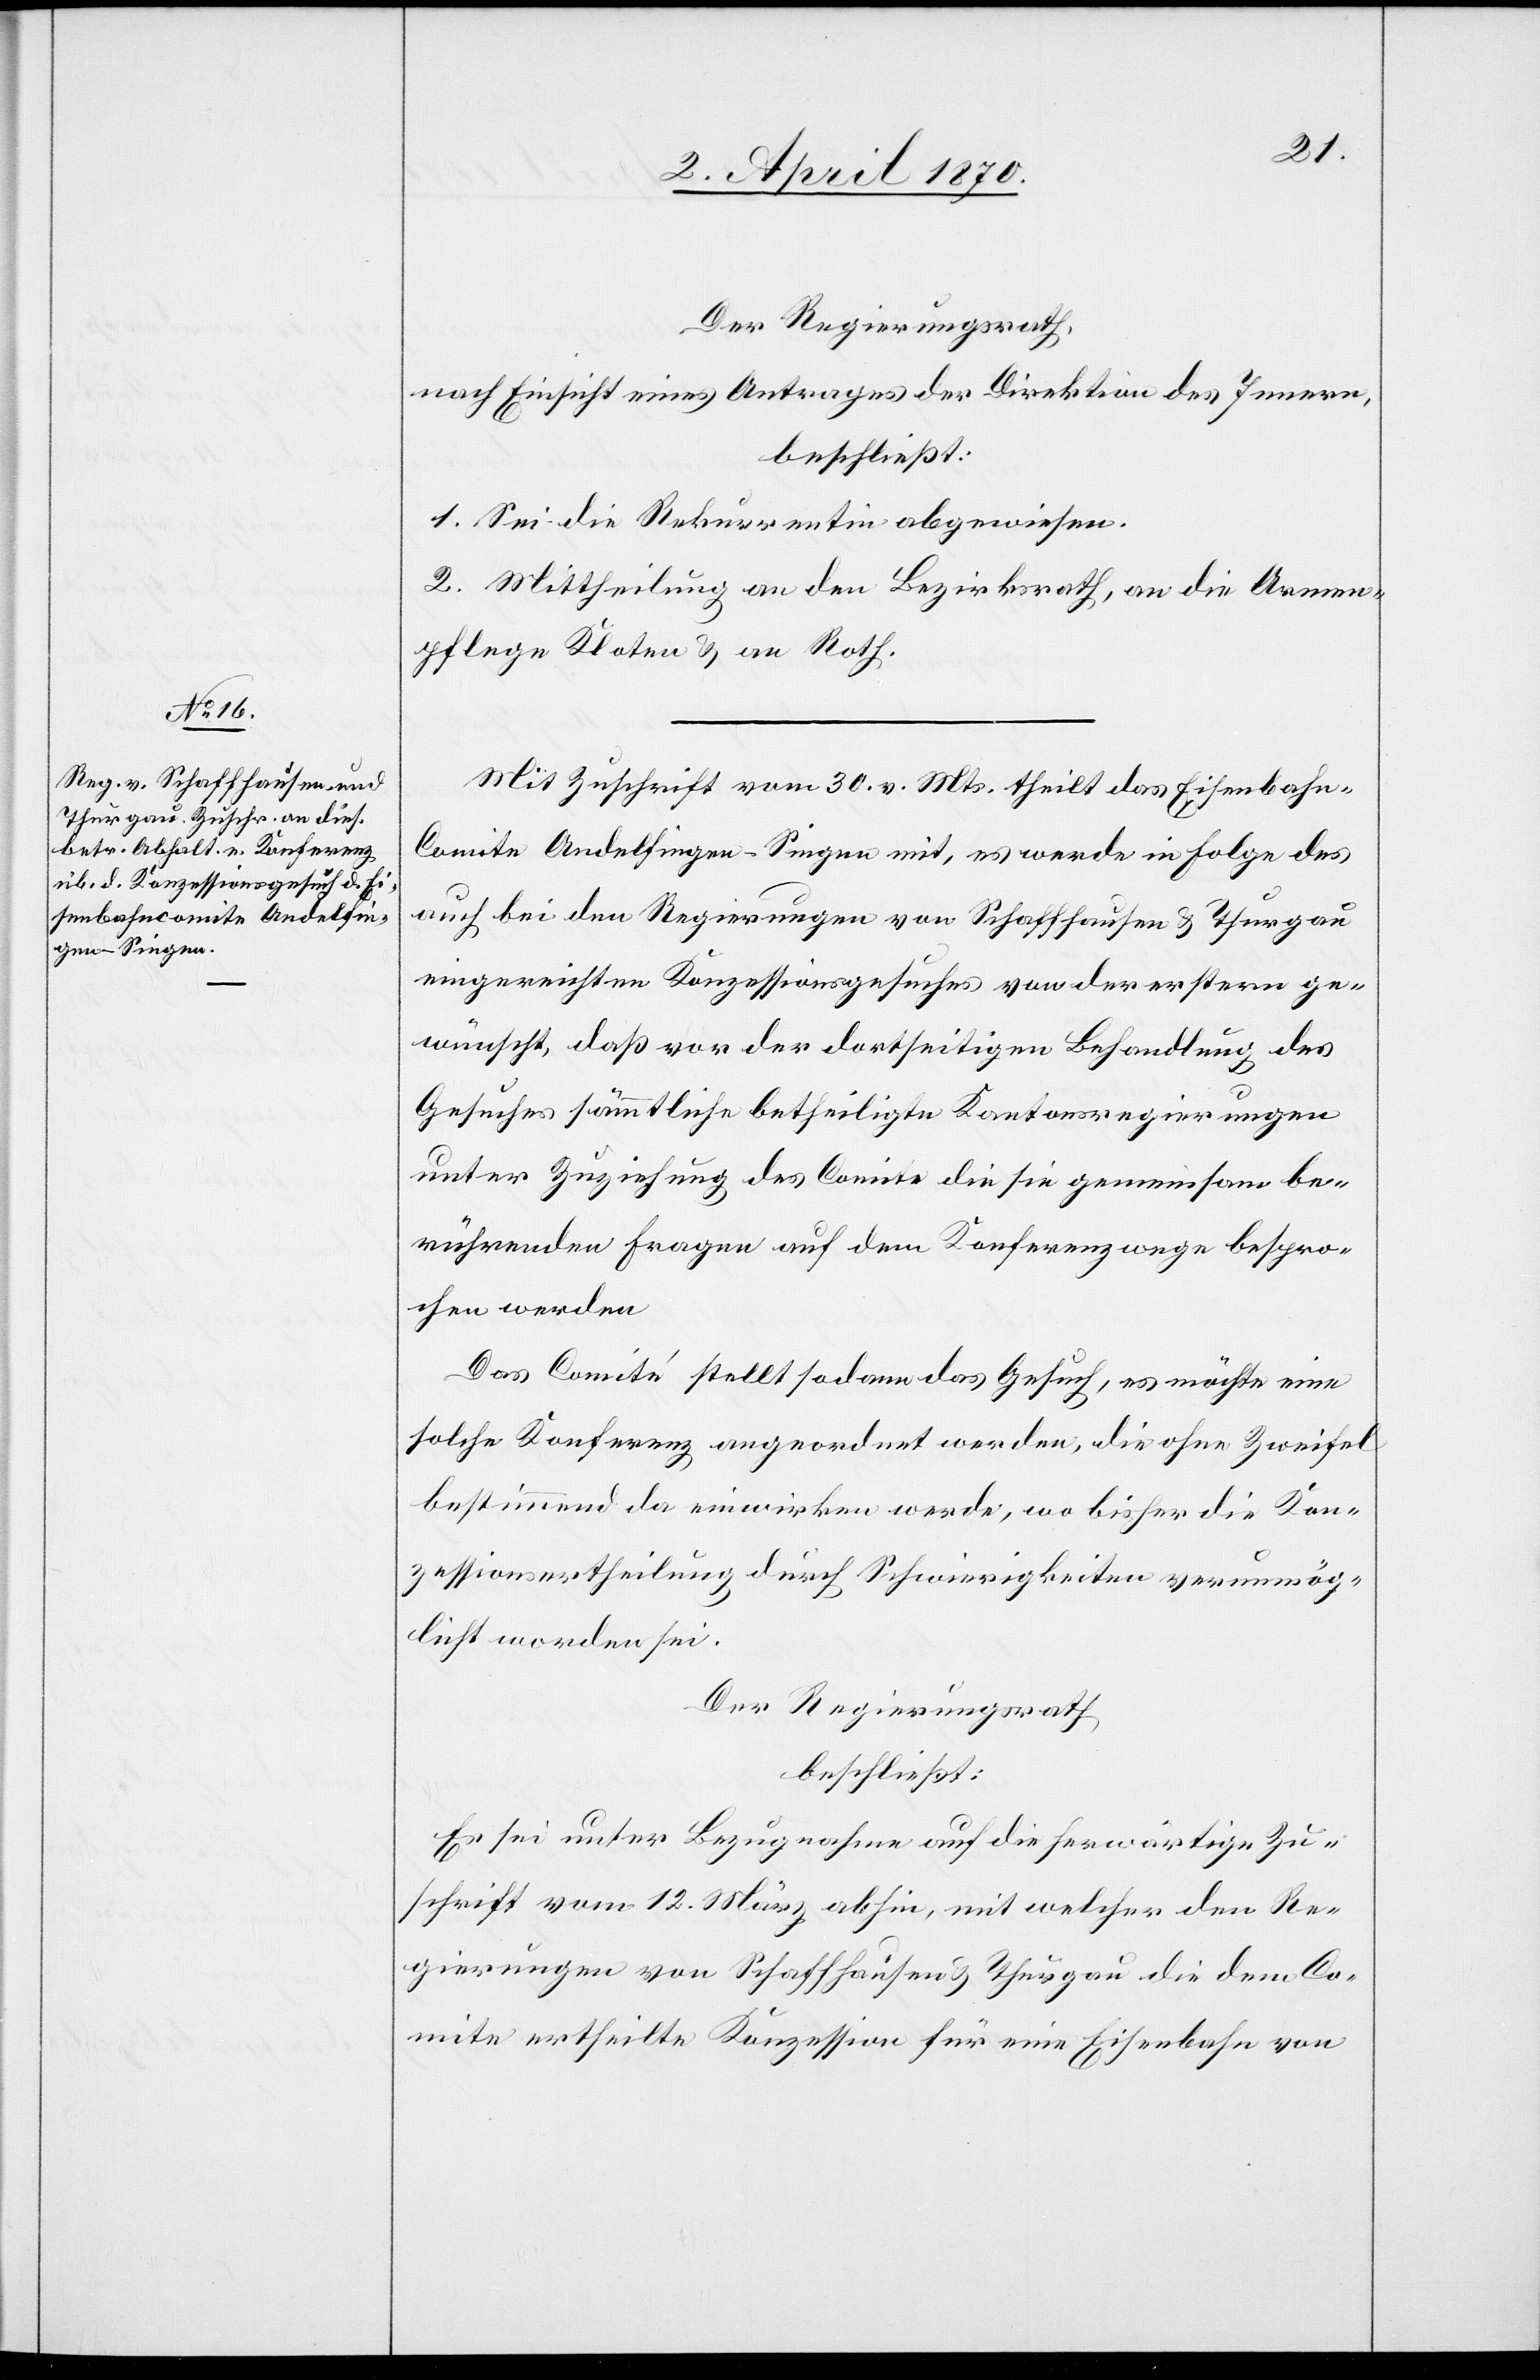
Der Regierungsrath,
nach Einsicht eines Antrages der Direktion des Innern,
beschließt:
1. Sei die Rekurrentin abgewiesen.
2. Mittheilung an den Bezirksrath, an die Armen¬
pflege Kloten & an Roth.
Mit Zuschrift vom 20. vor. Mts. theilt das Eisenbahn-C¬
omite Andelfingen–Singen mit, es werde in Folge des
auch bei den Regierungen von Schaffhausen & Thurgau
eingereichten Konzessionsgesuches von der erstern ge¬
wünscht, daß vor der dortseitigen Behandlung des
Gesuches sämmtliche betheiligte Kantonsregierungen
unter Zuziehung des Comite die sie gemeinsam be¬
rührenden Fragen auf dem Konferenzwege bespro¬
chen werden[.]
Das Comité stellt sodann das Gesuch, es möchte eine
solche Konferenz angeordnet werden, die ohne Zweifel
bestimmend da einwirken werde, wo bisher die Kon¬
zessionsertheilung durch Schwierigkeiten verunmög¬
licht worden sei.
Der Regierungsrath
beschließt:
Es sei unter Bezugnahme auf die herwärtige Zu¬
schrift vom 12. März abhin, mit welcher den Re¬
gierungen von Schaffhausen & Thurgau die dem Co¬
mite ertheilte Konzession für eine Eisenbahn von